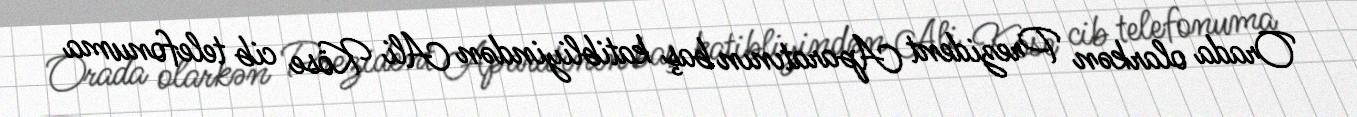
Orada olarkən Prezident Aparatının baş katibliyindən Ali Köse cib telefonuma